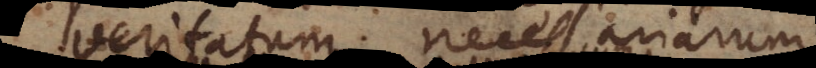
veritatum necessariarum